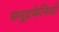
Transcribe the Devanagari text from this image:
समुद्रफेनियाँ